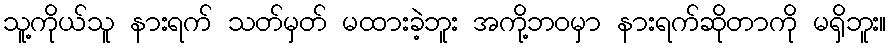
သူ့ကိုယ်သူ နားရက် သတ်မှတ် မထားခဲ့ဘူး အကို့ဘဝမှာ နားရက်ဆိုတာကို မရှိဘူး။